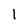
Character: l